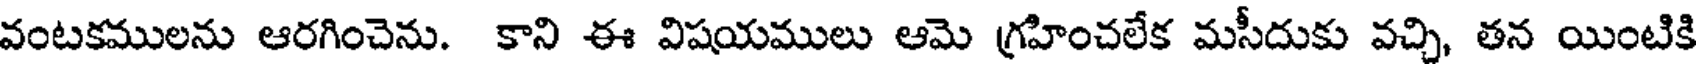
వంటకములను ఆరగించెను. కాని ఈ విషయములు ఆమె గ్రహించలేక మసీదుకు వచ్చి, తన యింటికి